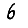
Digit: 6